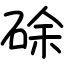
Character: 硢